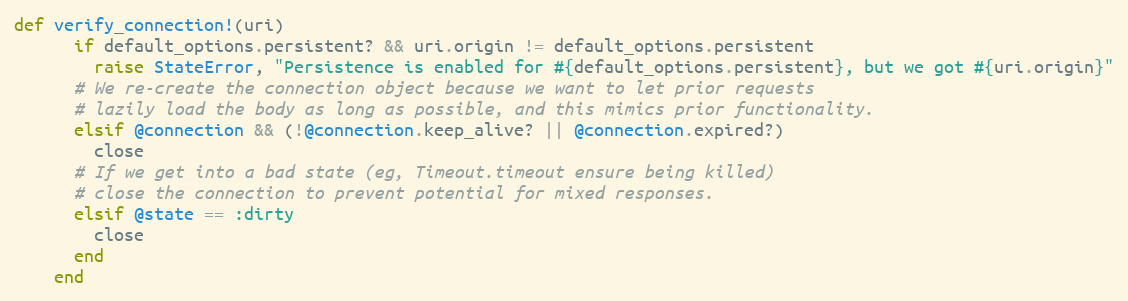
Language: Ruby
def verify_connection!(uri)
      if default_options.persistent? && uri.origin != default_options.persistent
        raise StateError, "Persistence is enabled for #{default_options.persistent}, but we got #{uri.origin}"
      # We re-create the connection object because we want to let prior requests
      # lazily load the body as long as possible, and this mimics prior functionality.
      elsif @connection && (!@connection.keep_alive? || @connection.expired?)
        close
      # If we get into a bad state (eg, Timeout.timeout ensure being killed)
      # close the connection to prevent potential for mixed responses.
      elsif @state == :dirty
        close
      end
    end